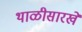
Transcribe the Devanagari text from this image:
थाळीसारखे